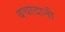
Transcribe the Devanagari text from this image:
बचादानी